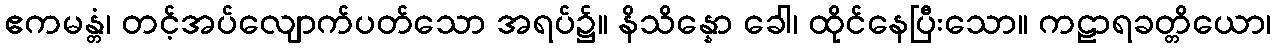
ဧကမန္တံ၊ တင့်အပ်လျောက်ပတ်သော အရပ်၌။ နိသိန္နော ခေါ၊ ထိုင်နေပြီးသော။ ကဠာရခတ္တိယော၊